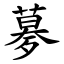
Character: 㱳